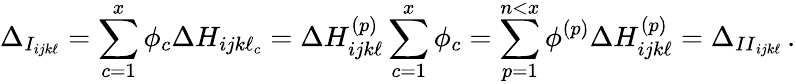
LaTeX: \Delta_{I_{ijk\ell}}=\sum_{c=1}^{x}\phi_{c}\Delta H_{ijk\ell_{c}}=\Delta H_{ijk\ell}^{(p)}\sum_{c=1}^{x}\phi_{c}=\sum_{p=1}^{n<x}\phi^{(p)}\Delta H_{ijk\ell}^{(p)}=\Delta_{{II}_{ijk\ell}}\, .